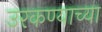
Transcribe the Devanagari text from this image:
उरकण्याच्या